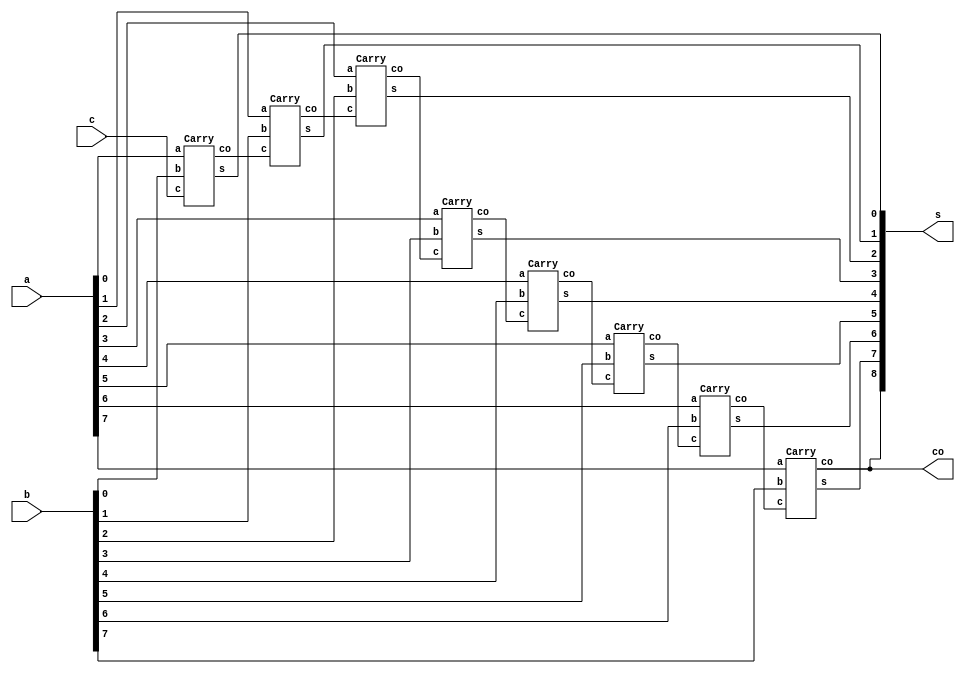
module CLA(a,b,c,s,co);
    input [7:0] a,b;
    input [0:0] c;
    output [8:0] s;
    output [0:0] co;
    wire [0:0] cx0, cx1, cx2, cx3, cx4, cx5, cx6;
    Carry c1(.a(a[0:0]), .b(b[0:0]), .c(c[0:0]), .s(s[0:0]), .co(cx0[0:0]));
    Carry c2(.a(a[1:1]), .b(b[1:1]), .c(cx0[0:0]), .s(s[1:1]), .co(cx1[0:0]));
    Carry c3(.a(a[2:2]), .b(b[2:2]), .c(cx1[0:0]), .s(s[2:2]), .co(cx2[0:0]));
    Carry c4(.a(a[3:3]), .b(b[3:3]), .c(cx2[0:0]), .s(s[3:3]), .co(cx3[0:0]));
    Carry c5(.a(a[4:4]), .b(b[4:4]), .c(cx3[0:0]), .s(s[4:4]), .co(cx4[0:0]));
    Carry c6(.a(a[5:5]), .b(b[5:5]), .c(cx4[0:0]), .s(s[5:5]), .co(cx5[0:0]));
    Carry c7(.a(a[6:6]), .b(b[6:6]), .c(cx5[0:0]), .s(s[6:6]), .co(cx6[0:0]));
    Carry c8(.a(a[7:7]), .b(b[7:7]), .c(cx6[0:0]), .s(s[7:7]), .co(s[8:8]));
    assign co[0:0] = s[8:8];
endmodule

module Oracle(a,k,enca);
    input [7:0] a;
    input [7:0] k;
    output [7:0] enca;
    assign enca[7:0] = a[7:0] ^ k[7:0];
endmodule

module Carry(a,b,c,s,co);
    input [0:0] a;
    input [0:0] b;
    input [0:0] c;
    output [0:0] s;
    output [0:0] co;
    wire [0:0] out1, out2, out3, out4;
    assign out1 = a & b;
    assign out2 = a ^ b;
    assign out3 = out2 & c;
    assign co = out3 | out1;
    assign out4 = a ^ b;
    assign s = out4 ^ c;
endmodule

module FullAdder;
    reg [7:0] a;
    reg [7:0] b;
    reg [0:0] c;
    reg [7:0] k;
    wire [7:0] enca;
    wire [8:0] s;
    wire [0:0] co;
    Oracle ora (.a(a), .k(k), .enca(enca));
    CLA cla (.a(enca), .b(b), .c(c), .s(s), .co(co));
    initial begin
    k='b10101010;
  	a=241;
  	b=137;
  	c=1;
  	$dumpfile(" 10.vcd");
    $dumpvars;
    end
endmodule